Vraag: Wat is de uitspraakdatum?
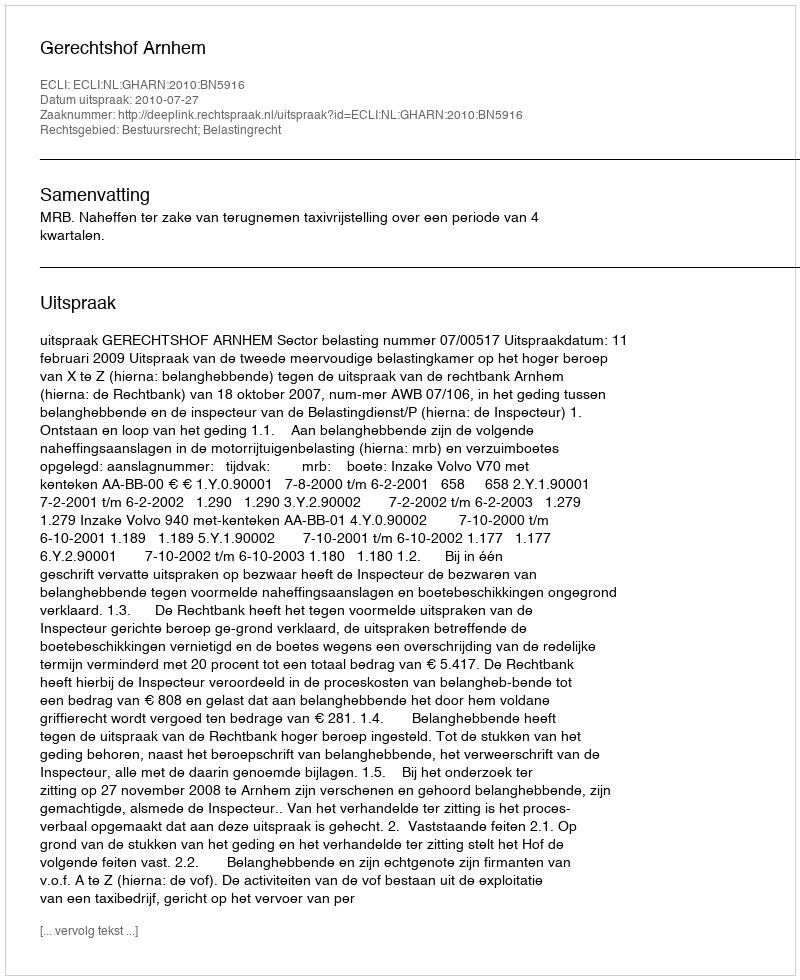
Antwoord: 2010-07-27